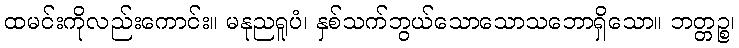
ထမင်းကိုလည်းကောင်း။ မနုညရူပံ၊ နှစ်သက်ဘွယ်သောသောသဘောရှိသော။ ဘတ္တဉ္စ၊